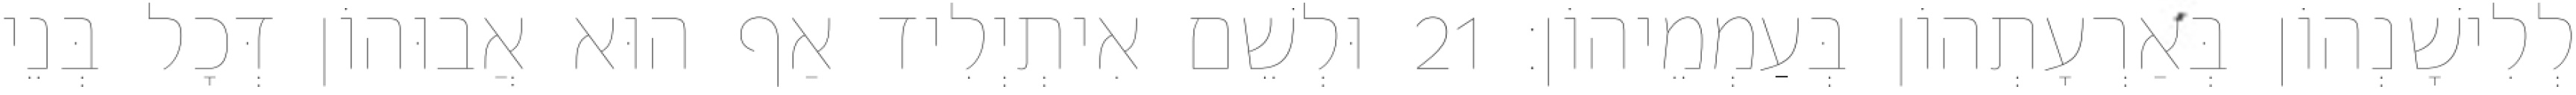
לְלִישָׁנְהוֹן בְּאַרְעָתְהוֹן בְּעַמְמֵיהוֹן׃ 21 וּלְשֵׁם אִיתְיְלִיד אַף הוּא אֲבוּהוֹן דְּכָל בְּנֵי